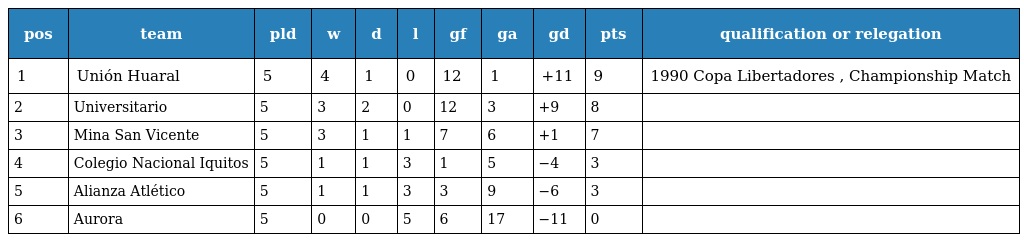
| pos | team | pld | w | d | l | gf | ga | gd | pts | qualification or relegation |
 | --- | --- | --- | --- | --- | --- | --- | --- | --- | --- | --- |
 | 1 | Unión Huaral | 5 | 4 | 1 | 0 | 12 | 1 | +11 | 9 | 1990 Copa Libertadores , Championship Match |
 | 2 | Universitario | 5 | 3 | 2 | 0 | 12 | 3 | +9 | 8 |  |
 | 3 | Mina San Vicente | 5 | 3 | 1 | 1 | 7 | 6 | +1 | 7 |  |
 | 4 | Colegio Nacional Iquitos | 5 | 1 | 1 | 3 | 1 | 5 | −4 | 3 |  |
 | 5 | Alianza Atlético | 5 | 1 | 1 | 3 | 3 | 9 | −6 | 3 |  |
 | 6 | Aurora | 5 | 0 | 0 | 5 | 6 | 17 | −11 | 0 |  |